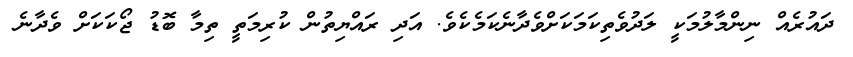
ދައުރެއް ނިންމާލުމަކީ ލަދުވެތިކަމަކަށްވެދާނެކަމެކެވެ. އަދި ރައްޔިތުން ކުރިމަތީ ތިމާ ބޮޑު ޖޯކަކަށް ވެދާނެ